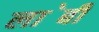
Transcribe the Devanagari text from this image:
ला॓बी